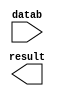
module ADD4 (
	datab,
	result);

	input	[31:0]  datab;
	output	[31:0]  result;

endmodule